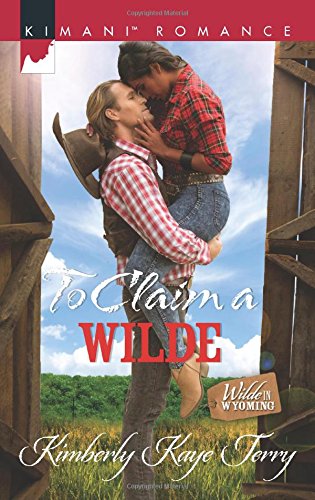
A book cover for To Claim a Wilde (Wilde in Wyoming); Kimberly Kaye Terry; Romance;